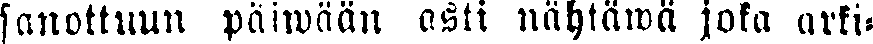
sanottuun päiwään asti nähtäwä joka arki-